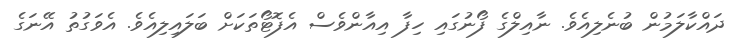
ދައްކާލަމުން ބުނެލިއެވެ. ނާއިލްގެ ފޯނުގައި ހިފާ އިއާންވެސް އެފޮޓޯތަކަށް ބަލައިލިއެވެ. އެވަގުތު އޭނަގެ